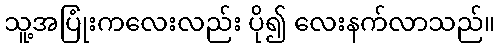
သူ့အပြုံးကလေးလည်း ပို၍ လေးနက်လာသည်။